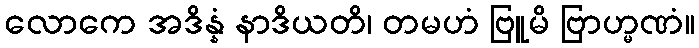
လောကေ အဒိန္နံ နာဒိယတိ၊ တမဟံ ဗြူမိ ဗြာဟ္မဏံ။